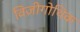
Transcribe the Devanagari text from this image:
विज़ीगोथिक